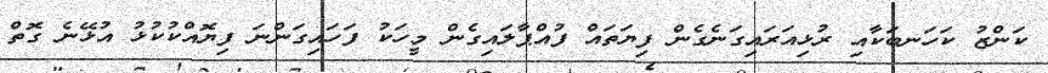
ކަންޒު ކަހަނބަކާއި ރުޅިއަރައިގަނެގެން ފިޔަތައް ފުއްޕާލައިގެން މީހަކު ފަހައިގަންނަ ފިޔޮއްކުކުޅު އުޅޭނެ ގޮތް